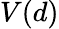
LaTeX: V(d)